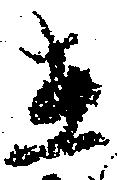
在